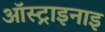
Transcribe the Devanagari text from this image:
ऑस्ट्राइनाइ